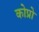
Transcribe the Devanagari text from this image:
कोप्रो